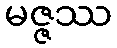
မဇ္ဇဿ